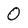
Character: 0